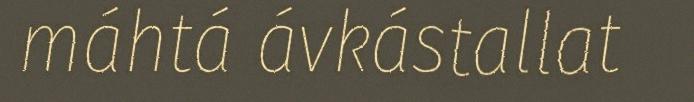
máhtá ávkástallat